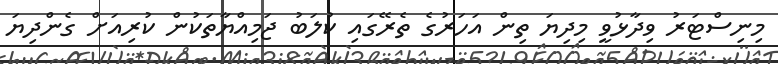
މިނިސްޓަރު ވިދާޅުވީ މިދިޔަ ތިން އަހަރުގެ ތެރޭގައި ކުލަބު ޖަމިއްޔާތަކުން ކުރިއަށް ގެންދިޔަ